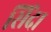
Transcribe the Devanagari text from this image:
सिंदा